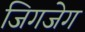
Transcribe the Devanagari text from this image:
जिगजेग